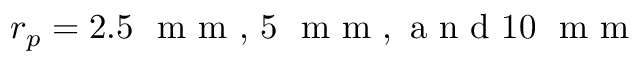
r _ { p } = 2 . 5 ~ \mathrm { ~ m ~ m ~ , ~ } 5 ~ \mathrm { ~ m ~ m ~ , ~ a ~ n ~ d ~ } 1 0 ~ \mathrm { ~ m ~ m ~ }